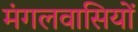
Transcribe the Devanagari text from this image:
मंगलवासियों